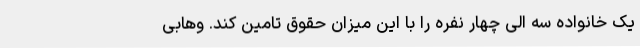
یک خانواده سه الی چهار نفره را با این میزان حقوق تامین کند. وهابی